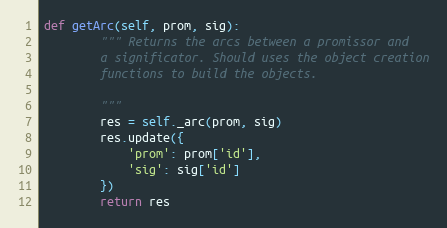
Language: Python
def getArc(self, prom, sig):
        """ Returns the arcs between a promissor and
        a significator. Should uses the object creation
        functions to build the objects.

        """
        res = self._arc(prom, sig)
        res.update({
            'prom': prom['id'],
            'sig': sig['id']
        })
        return res